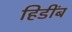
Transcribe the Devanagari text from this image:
हिडींब